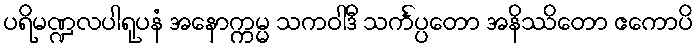
ပရိမဏ္ဍလပါရုပနံ အနောက္ကမ္မ သကဝါဒီ သင်္ကပ္ပတော အနိဿိတော ဧကောပိ